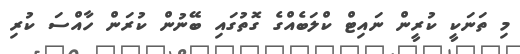
މި ތަނަކީ ކުރީން ނައިޓް ކްލަބެއްގެ ގޮތުގައި ބޭނުން ކުރަަން ހާއްސަ ކުރި